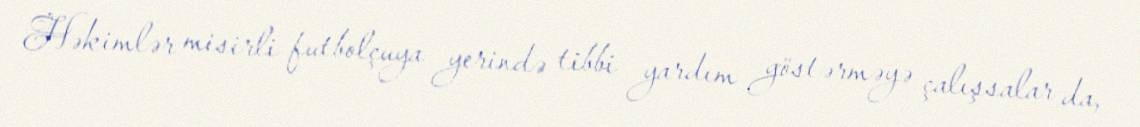
Həkimlər misirli futbolçuya yerində tibbi yardım göstərməyə çalışsalar da,